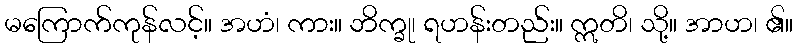
မကြောက်ကုန်လင့်။ အဟံ၊ ကား။ ဘိက္ခု၊ ရဟန်းတည်း။ ဣတိ၊ သို့။ အာဟ၊ ၏။